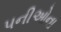
પનીઓના